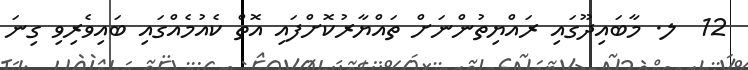
12  ލ. މާބައިދޫގައި ރައްޔިތުންނަށް ތައްޔާރުކޮށްފައި އޮތް ކެއުމެއްގައި ބައިވެރިވި ގިނަ